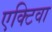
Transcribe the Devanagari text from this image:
एक्टिवा